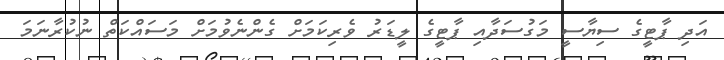
އަދި ޕާޓީގެ ސިޔާސީ މަގުސަދާއި ޕާޓީގެ ލީޑަރު ވެރިކަމަށް ގެންނެވުމަށް މަސައްކަތް ނުކުރާނަމަ